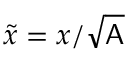
\tilde { x } = x / \sqrt { \mathsf { A } }